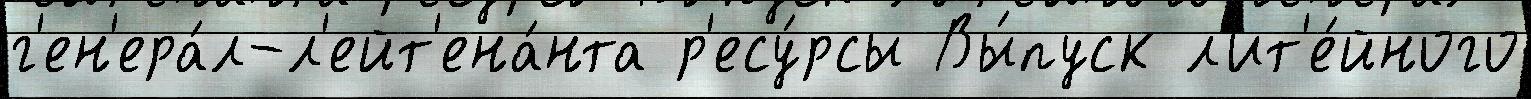
г'ен'ера́л-л'ейт'ена́нта р'есу́рсы Вы́пуск л'ит'е́йного